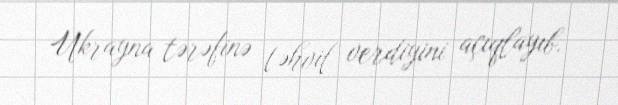
Ukrayna tərəfinə təhvil verdiyini açıqlayıb.